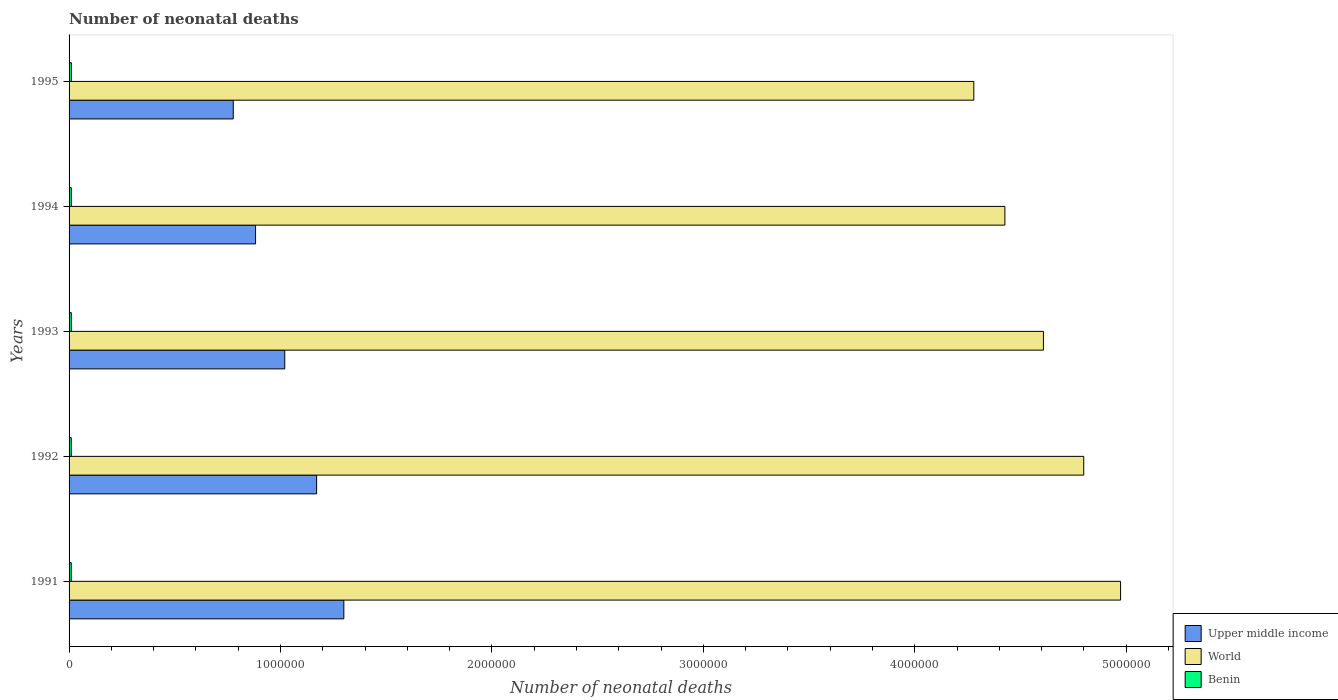
| Years | Upper middle income | World | Benin |
 | --- | --- | --- | --- |
 | 1991 | 1.3e+06 | 4.97e+06 | 1.03e+04 |
 | 1992 | 1.17e+06 | 4.8e+06 | 1.04e+04 |
 | 1993 | 1.02e+06 | 4.61e+06 | 1.06e+04 |
 | 1994 | 8.82e+05 | 4.43e+06 | 1.07e+04 |
 | 1995 | 7.77e+05 | 4.28e+06 | 1.08e+04 |